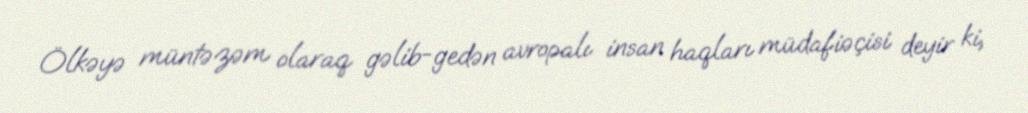
Ölkəyə müntəzəm olaraq gəlib-gedən avropalı insan haqları müdafiəçisi deyir ki,